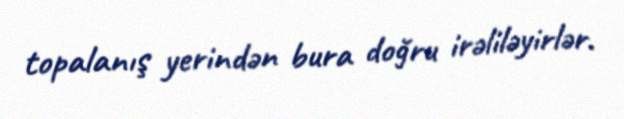
topalanış yerindən bura doğru irəliləyirlər.